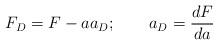
LaTeX: \begin{align*}F_D = F - a a_D; \qquad a_D = \frac{dF}{da}\end{align*}